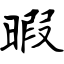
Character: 暇